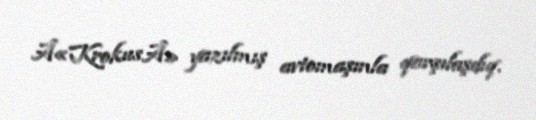
Â«KrokusÂ» yazılmış avtomaşınla qarşılaşdıq.